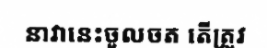
នាវានេះចូលចត តើត្រូវ